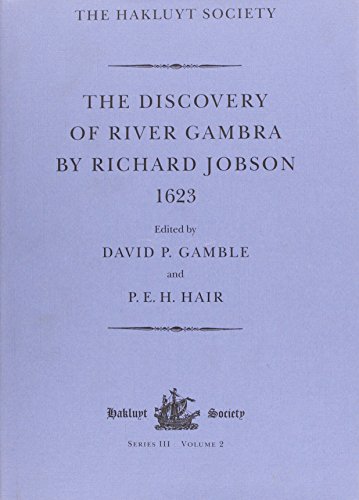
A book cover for Discovery of River Gambra (1623), Hakluyt Society Series III, Vol. 2; Richard Jobson; Travel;